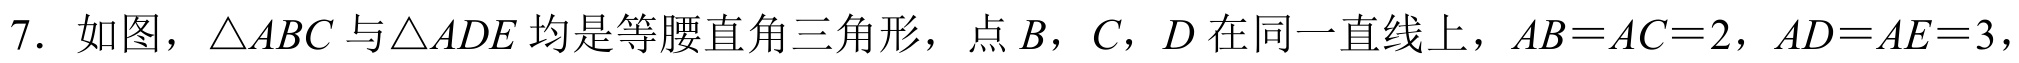
7. 如图，$\triangle ABC$ 与 $\triangle ADE$ 均是等腰直角三角形，点 $B$，$C$，$D$ 在同一直线上，$AB = AC = 2$，$AD = AE = 3$，